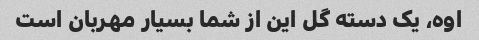
اوه، یک دسته گل این از شما بسیار مهربان است